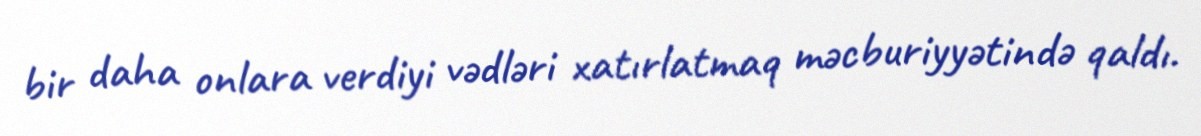
bir daha onlara verdiyi vədləri xatırlatmaq məcburiyyətində qaldı.